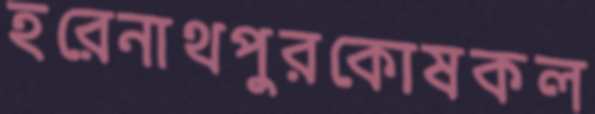
হরেনাথপুরকোষকল